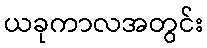
ယခုကာလအတွင်း